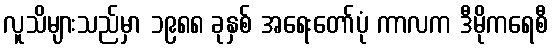
လူသိများသည်မှာ ၁၉၈၈ ခုနှစ် အရေးတော်ပုံ ကာလက ဒီမိုကရေစီ